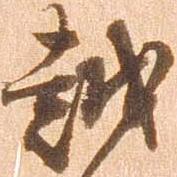
越